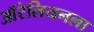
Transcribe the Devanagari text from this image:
ऑरेलियनला